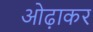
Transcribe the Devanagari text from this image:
ओढ़ाकर